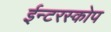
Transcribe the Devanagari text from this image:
ईन्टरस्कोप